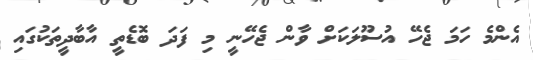
އެންމެ ހަމަ ޖެހޭ އުސޫލަކަށް ވާން ޖެހޭނީ މި ފަދަ ބޮޑެތީ އާބާދީތަކުގައި